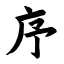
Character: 序